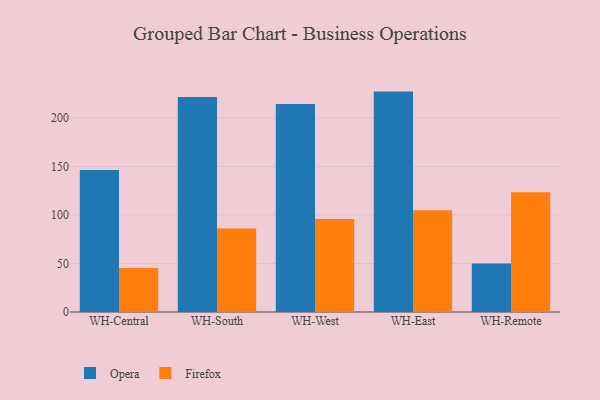
{"axis": {"x": "Warehouse", "y": "Gross Profit (USD K)"}, "legend": ["Firefox", "Opera"], "data": [{"x": "WH-Central", "y": 146.5, "type": "Opera"}, {"x": "WH-Central", "y": 45.4, "type": "Firefox"}, {"x": "WH-South", "y": 221.7, "type": "Opera"}, {"x": "WH-South", "y": 86.2, "type": "Firefox"}, {"x": "WH-West", "y": 214.4, "type": "Opera"}, {"x": "WH-West", "y": 95.8, "type": "Firefox"}, {"x": "WH-East", "y": 227.2, "type": "Opera"}, {"x": "WH-East", "y": 104.8, "type": "Firefox"}, {"x": "WH-Remote", "y": 49.9, "type": "Opera"}, {"x": "WH-Remote", "y": 123.5, "type": "Firefox"}]}